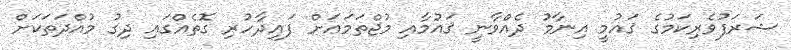
ޝަރަފުވެރިކަމުގެ ޤައުމީ އިނާމު ދެއްވާނީ ޤައުމާއި މުޖްތަމަޢަށް ފައިދާހުރި ގޮތެއްގައި ދިގު މުއްދަތަކަށް